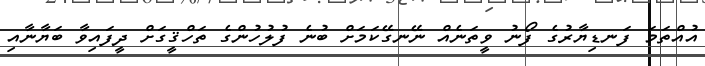
އުއްތަމަ ފަނޑިޔާރުގެ ފޯނު ވީތަނެއް ނޭނގޭކަމަށް ބުނެ ފުލުހުންގެ ތަހްޤީގަށް ދީފައިވާ ބަޔާނާއި